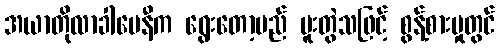
အယာတိုလာခါမေနီက ရွေးတော့မည် ပူးတွဲသဖြင့် စွန့်စားမှုတွင်